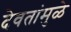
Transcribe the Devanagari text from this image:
देवतांमुळे